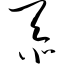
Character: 忝